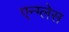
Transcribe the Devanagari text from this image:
एन्ग्लेस